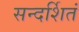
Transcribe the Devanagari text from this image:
सन्दर्शितं